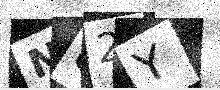
Text: N82Y